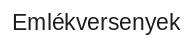
Emlékversenyek